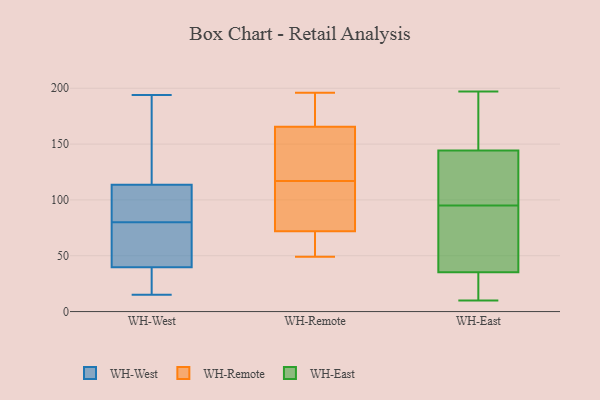
{"axis": {"x": "Customer Acquisition Cost (USD)", "y": "Value"}, "legend": ["WH-East", "WH-Remote", "WH-West"], "data": [{"x": "", "y": 35, "type": "WH-West"}, {"x": "", "y": 159, "type": "WH-West"}, {"x": "", "y": 103, "type": "WH-West"}, {"x": "", "y": 70, "type": "WH-West"}, {"x": "", "y": 37, "type": "WH-West"}, {"x": "", "y": 117, "type": "WH-West"}, {"x": "", "y": 28, "type": "WH-West"}, {"x": "", "y": 56, "type": "WH-West"}, {"x": "", "y": 194, "type": "WH-West"}, {"x": "", "y": 93, "type": "WH-West"}, {"x": "", "y": 15, "type": "WH-West"}, {"x": "", "y": 80, "type": "WH-West"}, {"x": "", "y": 81, "type": "WH-West"}, {"x": "", "y": 48, "type": "WH-West"}, {"x": "", "y": 164, "type": "WH-West"}, {"x": "", "y": 49, "type": "WH-Remote"}, {"x": "", "y": 111, "type": "WH-Remote"}, {"x": "", "y": 76, "type": "WH-Remote"}, {"x": "", "y": 65, "type": "WH-Remote"}, {"x": "", "y": 68, "type": "WH-Remote"}, {"x": "", "y": 183, "type": "WH-Remote"}, {"x": "", "y": 194, "type": "WH-Remote"}, {"x": "", "y": 187, "type": "WH-Remote"}, {"x": "", "y": 59, "type": "WH-Remote"}, {"x": "", "y": 127, "type": "WH-Remote"}, {"x": "", "y": 149, "type": "WH-Remote"}, {"x": "", "y": 123, "type": "WH-Remote"}, {"x": "", "y": 150, "type": "WH-Remote"}, {"x": "", "y": 99, "type": "WH-Remote"}, {"x": "", "y": 54, "type": "WH-Remote"}, {"x": "", "y": 94, "type": "WH-Remote"}, {"x": "", "y": 196, "type": "WH-Remote"}, {"x": "", "y": 105, "type": "WH-Remote"}, {"x": "", "y": 154, "type": "WH-Remote"}, {"x": "", "y": 177, "type": "WH-Remote"}, {"x": "", "y": 10, "type": "WH-East"}, {"x": "", "y": 34, "type": "WH-East"}, {"x": "", "y": 197, "type": "WH-East"}, {"x": "", "y": 146, "type": "WH-East"}, {"x": "", "y": 28, "type": "WH-East"}, {"x": "", "y": 139, "type": "WH-East"}, {"x": "", "y": 39, "type": "WH-East"}, {"x": "", "y": 125, "type": "WH-East"}, {"x": "", "y": 170, "type": "WH-East"}, {"x": "", "y": 82, "type": "WH-East"}, {"x": "", "y": 95, "type": "WH-East"}]}